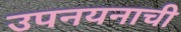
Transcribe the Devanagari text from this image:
उपनयनाची